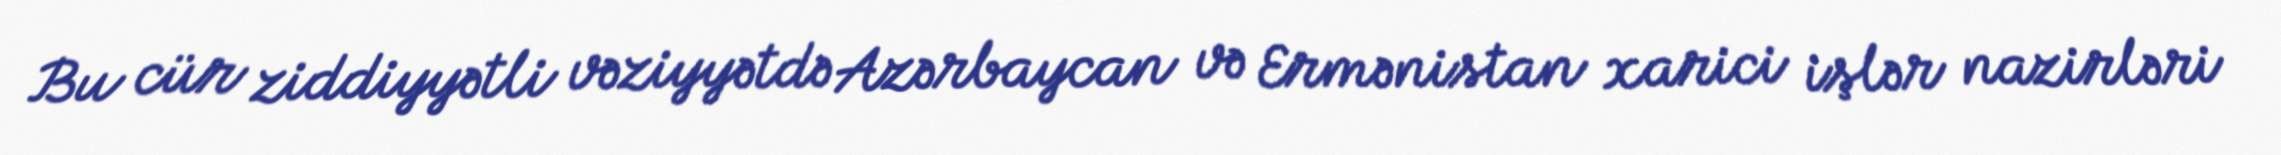
Bu cür ziddiyyətli vəziyyətdə Azərbaycan və Ermənistan xarici işlər nazirləri